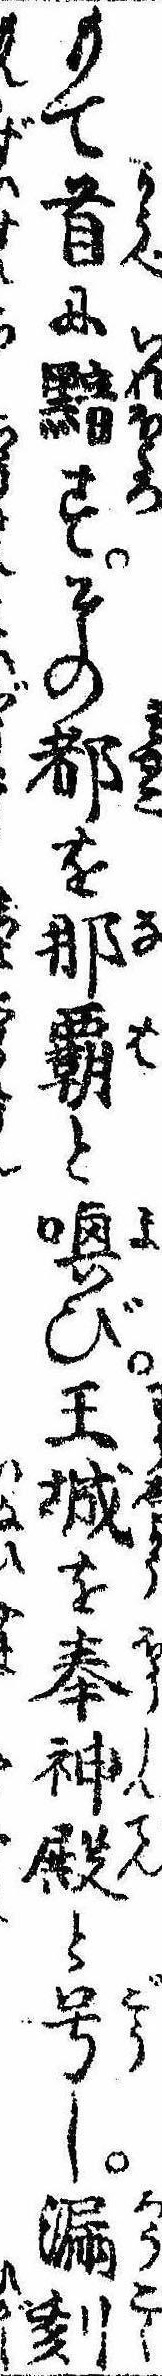
もて首に黯すその都を那覇と喚び王城を奉神殿と号し漏刻